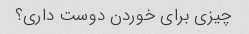
چیزی برای خوردن دوست داری؟